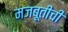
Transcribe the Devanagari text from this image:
मजबूतीची